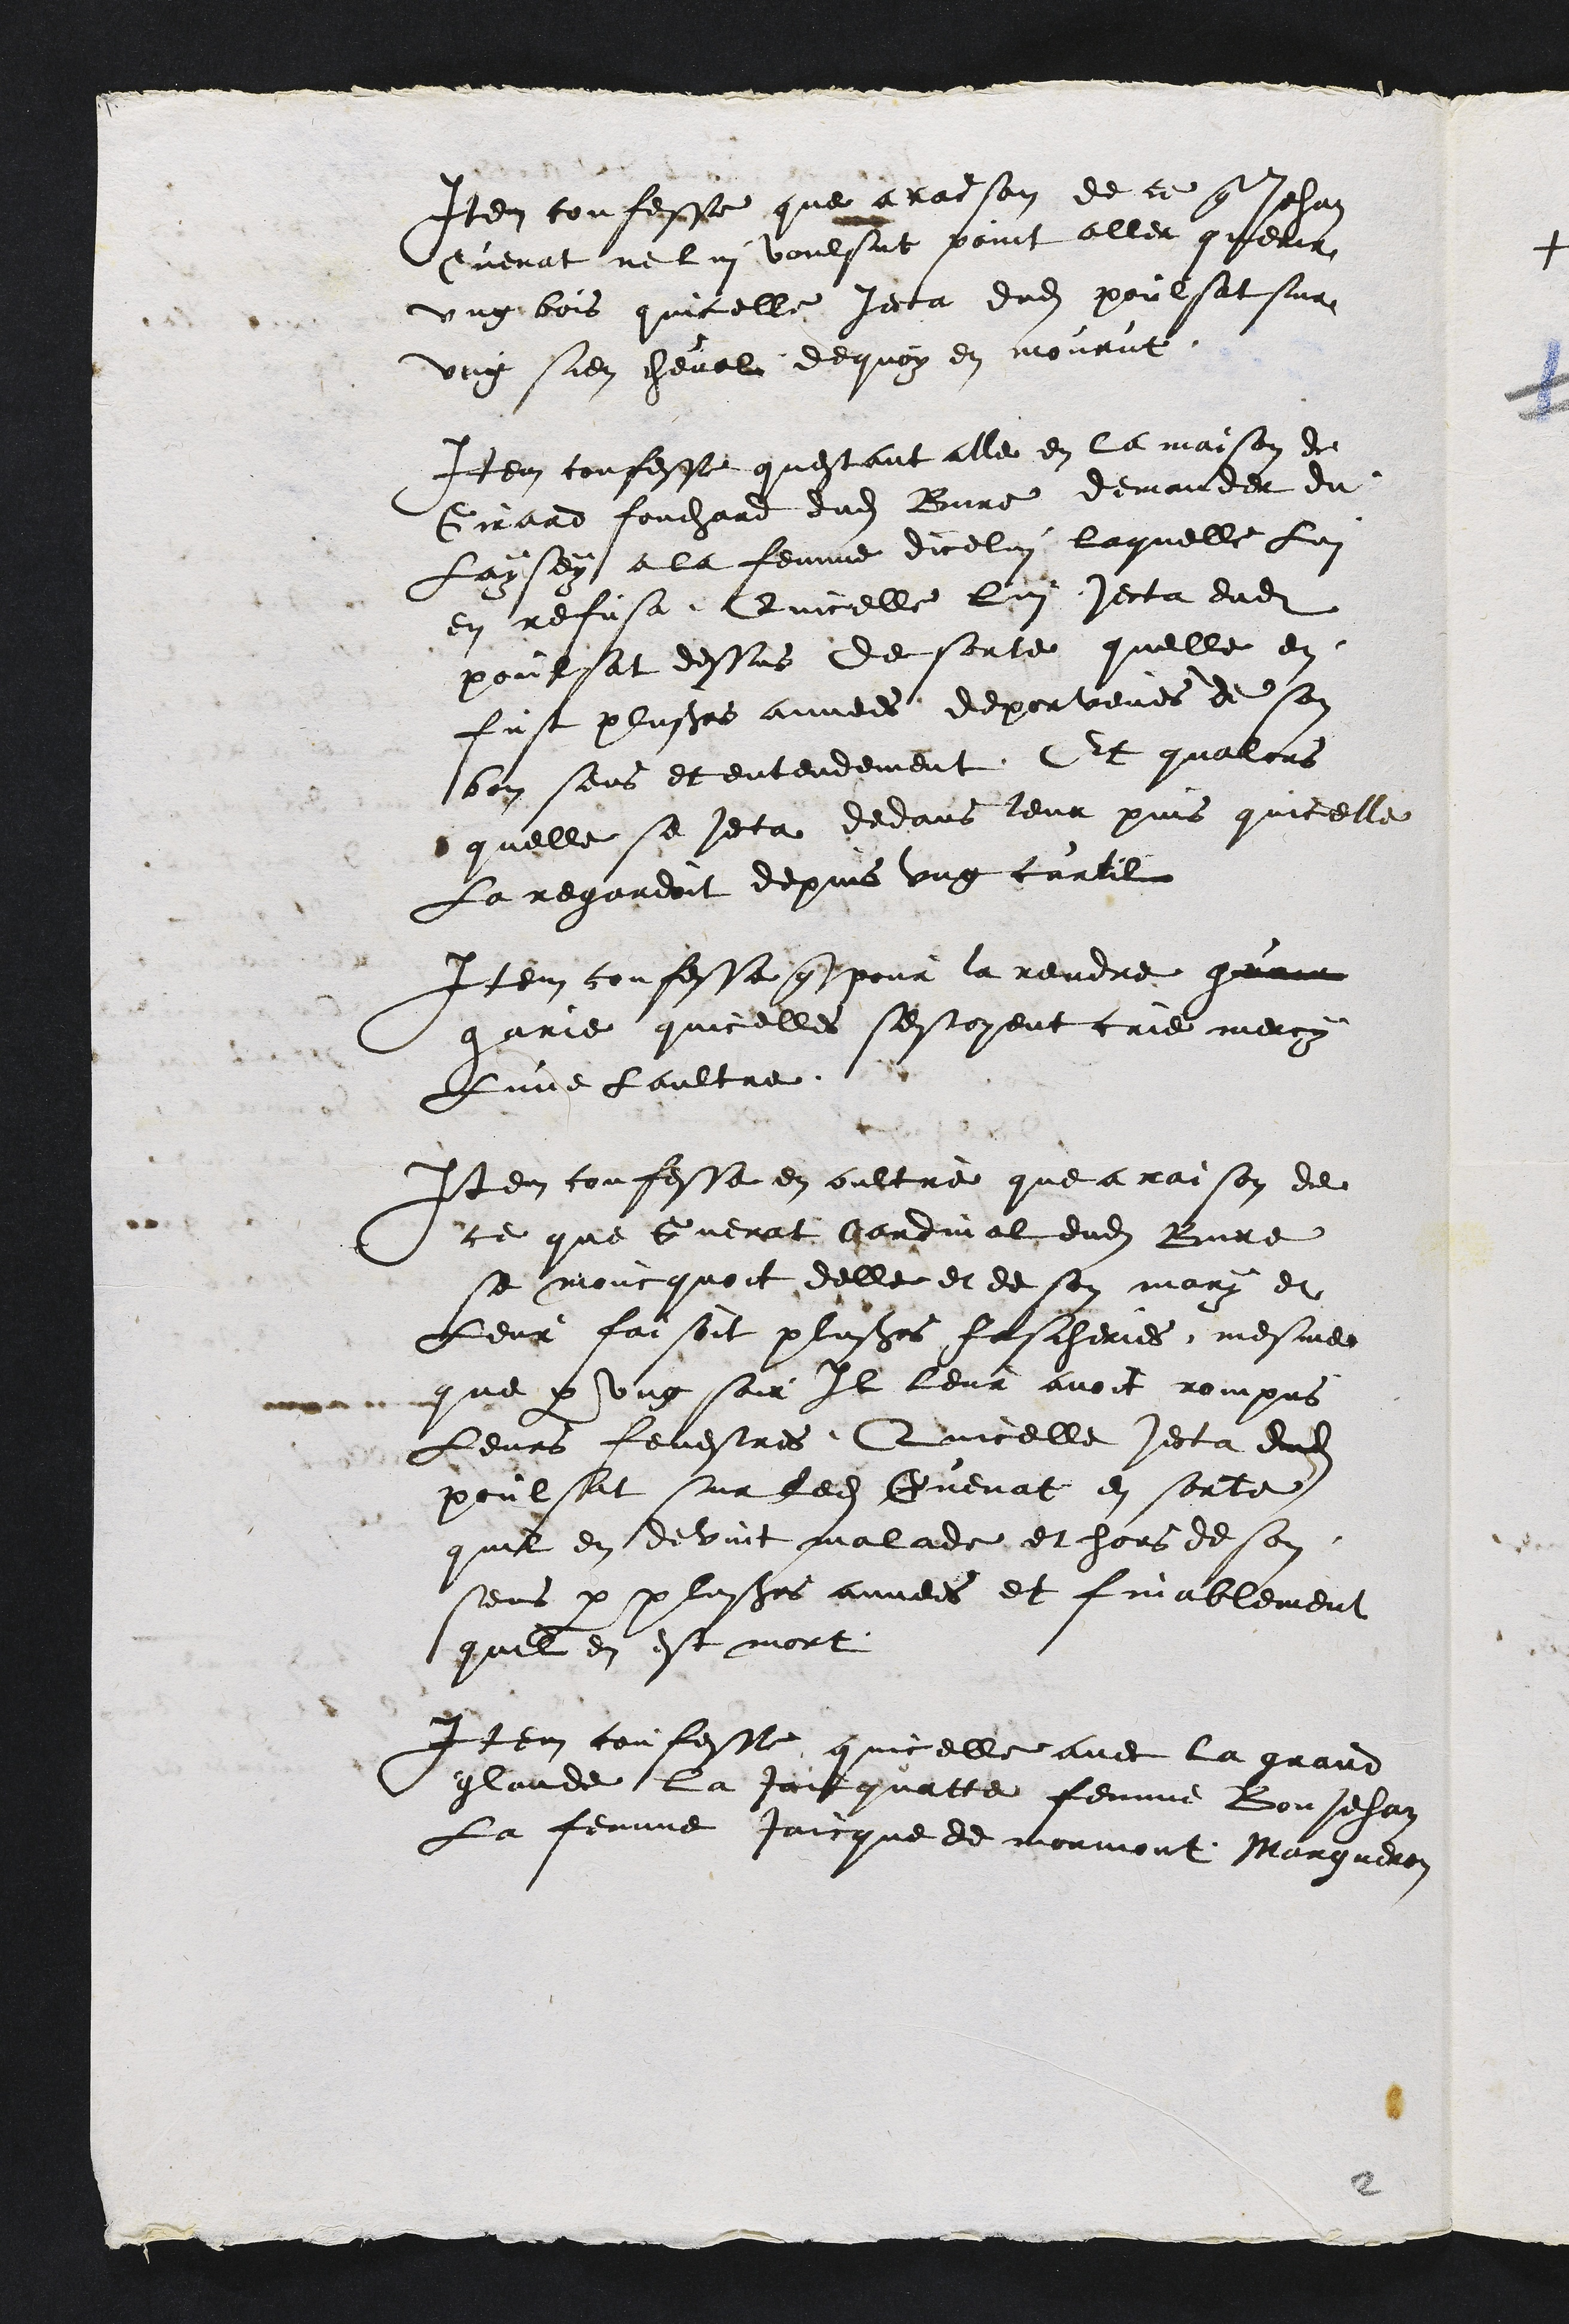
Item confesse que a raison de ce que Jehan
Cuenat ne lui voulsut point aller querir
ung bois quicelle jecta dudit poulsat sur
ung sien cheval dequoy en mourut.
Item confesse questant alle en la maison de
Girard fouchard dudit Bure demander du
Laysey a la femme dicelui laquelle Lui
en refusa Quicelle lui jecta dudit
poulsat dessus de sorte quelle en
fust plusieurs annees deporveues de son
bon sens et entendement Et qualors
quelle se jecta dedans leur puis quicelle
La regardoit depuis ung curtil
Item confesse que pour la rendre guair
garie quicelles sestoyent crie merci
Lune laultre.
Item confesse en oultre que a raison de
ce que Cuenat Cardinal dudit Bure
se moucquoit delle et de son mary et
Leur faisoit plusieurs fascheries mesme
que par ung soir Il leur avoit rompus
Leurs fenestres Quicelle jecta dudit
poulsat sur ledit Guenat en sorte
quil en devint malade et hors de son
sens par plusieurs annees et finablement
quil en est mort
Item confesse quicelle avec la grand
glaude la Jaicquatte femme Bon Jehan
La femme Jaicque de mormont Margueron